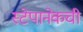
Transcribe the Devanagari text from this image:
स्टेपानेकची